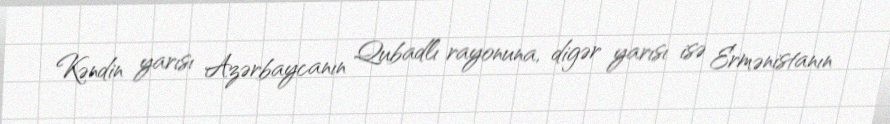
Kəndin yarısı Azərbaycanın Qubadlı rayonuna, digər yarısı isə Ermənistanın